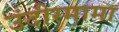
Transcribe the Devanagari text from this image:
उंदीरमामा